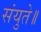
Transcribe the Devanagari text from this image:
संयुते॥